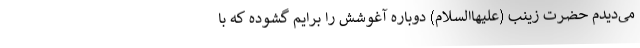
می‌دیدم حضرت زینب (علیهاالسلام) دوباره آغوشش را برایم گشوده که با